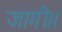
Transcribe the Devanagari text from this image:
जागी।।